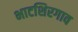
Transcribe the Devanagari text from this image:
भाटशिरगाव